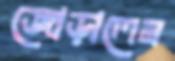
জোড়ালেন